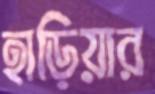
হাড়িয়ার